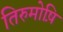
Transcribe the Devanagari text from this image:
तिरुमोष़ि